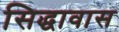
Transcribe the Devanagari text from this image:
सिद्धावास